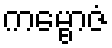
ကမ္ဗောဇံ